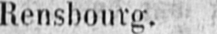
Rensbourg.